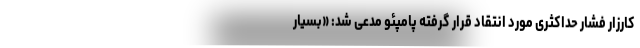
کارزار فشار حداکثری مورد انتقاد قرار گرفته پامپئو مدعی شد: «بسیار